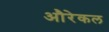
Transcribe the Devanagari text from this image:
औरेकल